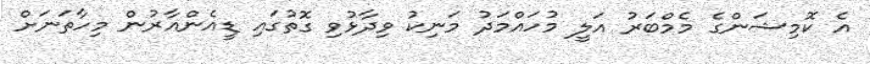
އެ ކޮމިޝަންގެ މެމްބަރު އަލީ މުހައްމަދު މަނިކު ވިދާޅުވި ގޮތުގައި ޑީއެންއާރުން މިހާތަނަށް